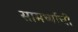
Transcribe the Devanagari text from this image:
सामर्थ्याची